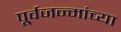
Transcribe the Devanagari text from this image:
पूर्वजन्मांच्या